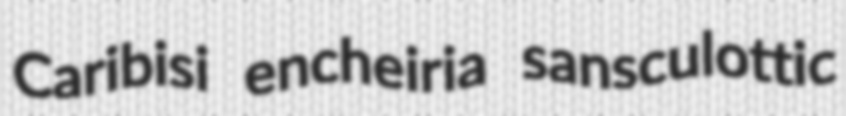
Caribisi encheiria sansculottic